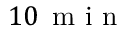
1 0 \, \mathrm { ~ m ~ i ~ n ~ }